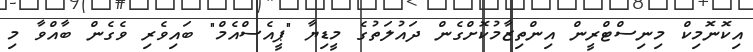
އިކޮނޮމިކް މިނިސްޓްރީން އިންތިޒާމުކޮށްގެން ދައުލަތުގެ މީޑިޔާ "ޕީއެސްއެމް" ބައިވެރި ވެގެން ބާއްވާ މި